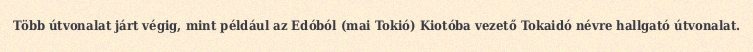
Több útvonalat járt végig, mint például az Edóból (mai Tokió) Kiotóba vezető Tokaidó névre hallgató útvonalat.